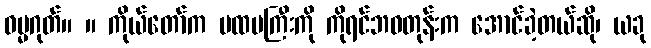
ဓမ္မဂုတ်။ ။ ကိုယ်တော်က ပထမကြီးကို ကိုရင်ဘဝတုန်းက အောင်ခဲ့တယ်ဆို၊ ယခု